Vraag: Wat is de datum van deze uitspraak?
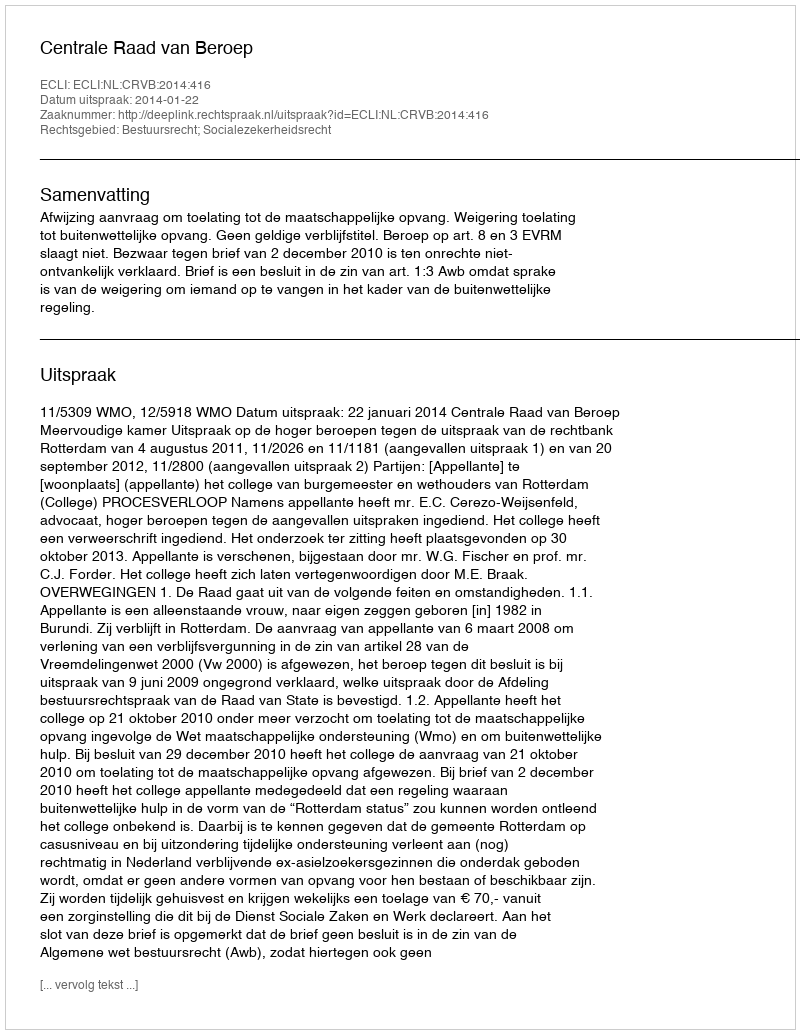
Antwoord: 2014-01-22